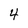
Character: 4